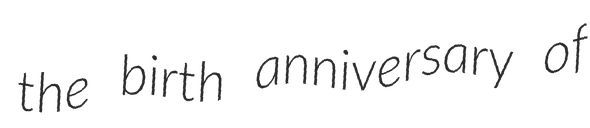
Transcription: the birth anniversary of